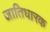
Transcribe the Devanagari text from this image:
जातिधारक